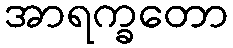
အာရက္ခတော